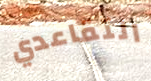
التقاعدي